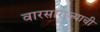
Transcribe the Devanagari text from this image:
वारसाराज्याची